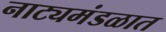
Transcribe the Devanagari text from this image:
नाट्यमंडळात